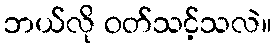
ဘယ်လို ဝတ်သင့်သလဲ။